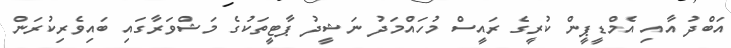
އަބްދު އާއި އެމްޑީޕީން ކުރީގެ ރައީސް މުހައްމަދު ނަޝީދު ޕާޓީތަކުގެ މަޝްވަރާގައި ބައިވެރިކުރަން